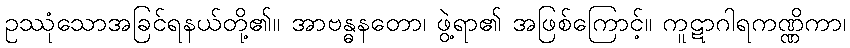
ဥဿုံသောအခြင်ရနယ်တို့၏။ အာဗန္ဓနတော၊ ဖွဲ့ရာ၏ အဖြစ်ကြောင့်။ ကူဋာဂါရကဏ္ဏိကာ၊